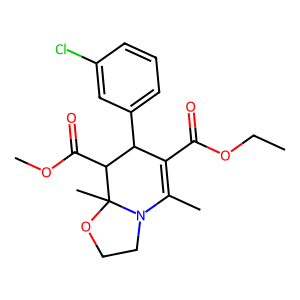
SMILES: CCOC(=O)C1=C(C)N2CCOC2(C)C(C(=O)OC)C1c1cccc(Cl)c1
Inhibits HIV replication: No